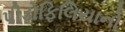
પીડોફિલિયાનો